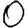
Digit: 0